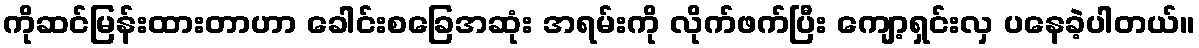
ကိုဆင်မြန်းထားတာဟာ ခေါင်းစခြေအဆုံး အရမ်းကို လိုက်ဖက်ပြီး ကျော့ရှင်းလှ ပနေခဲ့ပါတယ်။